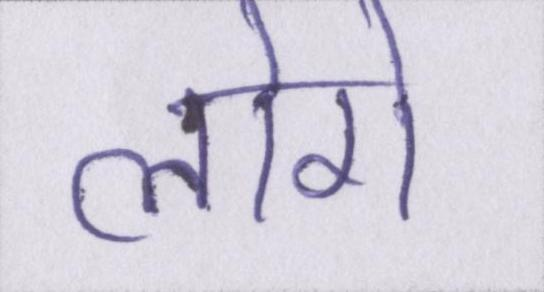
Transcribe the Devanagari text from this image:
लोगे